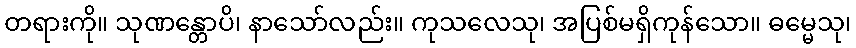
တရားကို။ သုဏန္တောပိ၊ နာသော်လည်း။ ကုသလေသု၊ အပြစ်မရှိကုန်သော။ ဓမ္မေသု၊